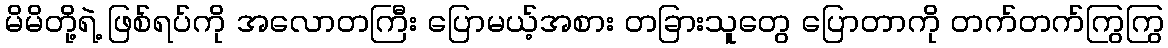
မိမိတို့ရဲ့ ဖြစ်ရပ်ကို အလောတကြီး ပြောမယ့်အစား တခြားသူတွေ ပြောတာကို တက်တက်ကြွကြွ